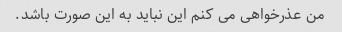
من عذرخواهی می کنم این نباید به این صورت باشد.